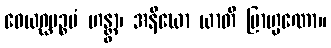
ဝေယဂ္ဃပဉ္စမံ ဟန္တွာ၊ အနီဃော ယာတိ ဗြာဟ္မဏော။